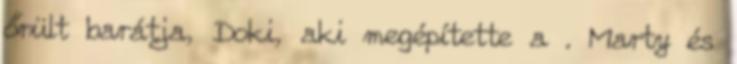
őrült barátja, Doki, aki megépítette a . Marty és